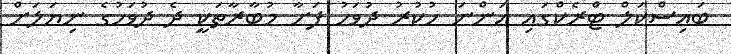
ބައިސްކަލް ޓްރެކްގައި އަންނަ ހުކުރު ދުވަހު ފަށާ މުބާރާތަކީ ދެ ދުވަހުގެ ނިޔަލަށް